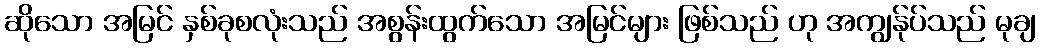
ဆိုသော အမြင် နှစ်ခုစလုံးသည် အစွန်းထွက်သော အမြင်များ ဖြစ်သည် ဟု အကျွန်ုပ်သည် မုချ